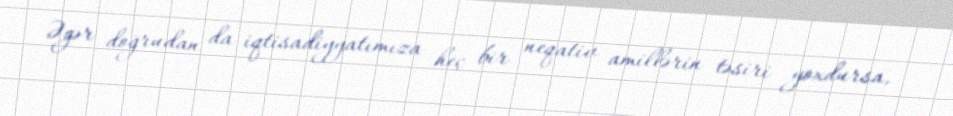
Əgər doğrudan da iqtisadiyyatımıza heç bir neqativ amillərin təsiri yoxdursa,